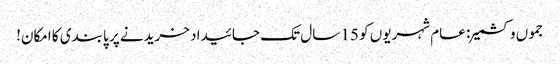
جموں وکشمیر: عام شہریوں کو 15 سال تک جائیداد خریدنے پر پابندی کا امکان!